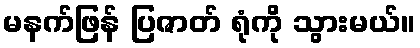
မနက်ဖြန် ပြဇာတ် ရုံကို သွားမယ်။